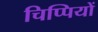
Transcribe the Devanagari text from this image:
चिप्पियों